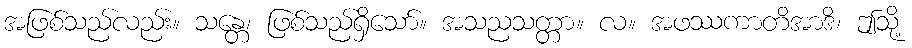
အဖြစ်သည်လည်း။ သန္တေ၊ ဖြစ်သည်ရှိသော်။ အသညသတ္တာ။ လ။ အဖဿကာတိအာဒိ၊ ဤသို့